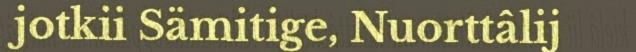
jotkii Sämitige, Nuorttâlij